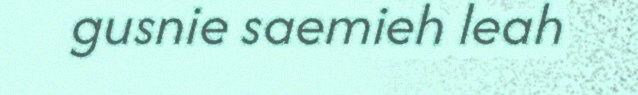
gusnie saemieh leah